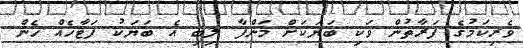
ވެރިކަމުގެ ފަރާތުން ވަކި ބަޔަކަށް މަންފާ ލިބި އެ ބަޔަކު ފަޓާހެއް ހެން